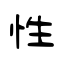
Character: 性